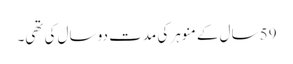
59 سال کے منوہر کی مدت دو سال کی تھی۔